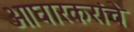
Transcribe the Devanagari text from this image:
आघारकरांचे